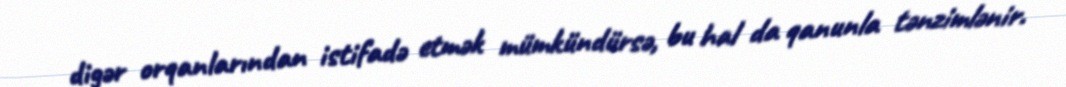
digər orqanlarından istifadə etmək mümkündürsə, bu hal da qanunla tənzimlənir.